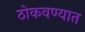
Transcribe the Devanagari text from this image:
ठोकवण्यात